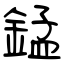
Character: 錳